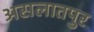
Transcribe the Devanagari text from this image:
असलातपुर